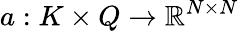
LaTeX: a:K\times Q\rightarrow\mathbb{R}^{N\times N}